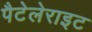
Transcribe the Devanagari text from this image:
पैटेलेराइट